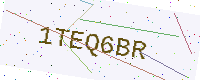
Text: 1TEQ6BR